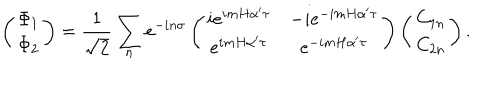
LaTeX: \left( \begin{array} { c } { { \Phi _ { 1 } } } \\ { { \Phi _ { 2 } } } \\ \end{array} \right) = \frac { 1 } { \sqrt { 2 } } \sum _ { n } e ^ { - i n \sigma } \left( \begin{array} { c c } { { i e ^ { i m H \alpha ^ { \prime } \tau } } } & { { - i e ^ { - i m H \alpha ^ { \prime } \tau } } } \\ { { e ^ { i m H \alpha ^ { \prime } \tau } } } & { { e ^ { - i m H \alpha ^ { \prime } \tau } } } \\ \end{array} \right) \left( \begin{array} { c } { { C _ { 1 n } } } \\ { { C _ { 2 n } } } \\ \end{array} \right) .